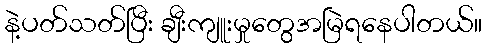
နဲ့ပတ်သတ်ပြီး ချီးကျူးမှုတွေအမြဲရနေပါတယ်။